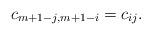
LaTeX: \begin{align*} c_{m+1-j,m+1-i} = c_{ij}.\end{align*}